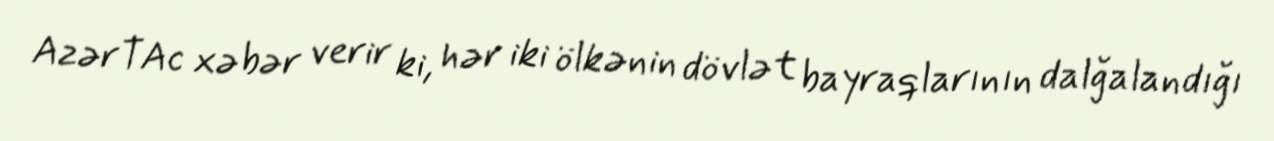
AzərTAc xəbər verir ki, hər iki ölkənin dövlət bayraqlarının dalğalandığı